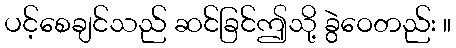
ပင့်စေချင်သည် ဆင်ခြင်ဤသို့ ခွဲဝေတည်း ။